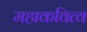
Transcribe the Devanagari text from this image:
महाकवित्व